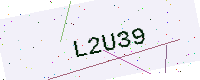
Text: L2U39